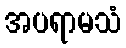
အပရာမသံ